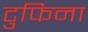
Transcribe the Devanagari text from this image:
टुफिना